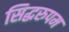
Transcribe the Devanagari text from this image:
सिद्धरुपम